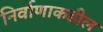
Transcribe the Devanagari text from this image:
निर्वाणाकडील